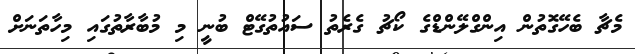
މެޗާ ބެހޭގޮތުން އިންގްލޭންޑްގެ ކޯޗު ގެރެތު ސައުތުގޭޓް ބުނީ މި މުބާރާތުގައި މިހާތަނަށް